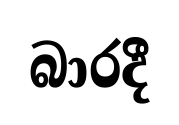
බාරදී